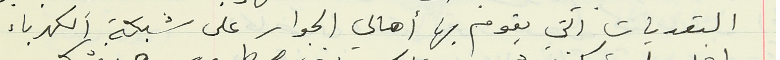
التعديات التي يقوم بها أهالي الجوار على شبكة الكهرباء